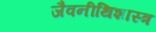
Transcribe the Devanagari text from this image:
जैवनीथिशास्त्र